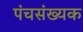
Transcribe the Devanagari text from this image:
पंचसंख्यक